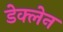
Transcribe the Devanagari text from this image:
डेक्लेन